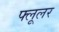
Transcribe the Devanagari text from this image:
फ्लूलर